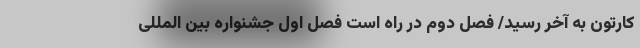
کارتون به آخر رسید/ فصل دوم در راه است فصل اول جشنواره بین المللی